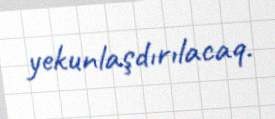
yekunlaşdırılacaq.